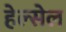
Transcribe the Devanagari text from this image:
हेल्सेल